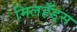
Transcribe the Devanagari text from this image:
मिलहँड्‌स